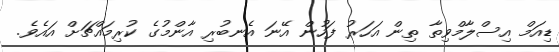
ޑިއަމް އިސްލާމްވިތާ ތިން އަހަރު ފަހުން އޭނަ އެނބުރި އާންމުގެ ކުރިމައްޗަށް އައެވެ.